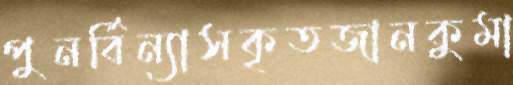
পুনর্বিন্যাসকৃতজানকুমা